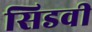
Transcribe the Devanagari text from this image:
सिडवी